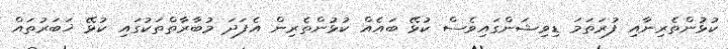
ކުޅުންތެރިނާއި ފުރަތަމަ ޑިވިޝަންގައިވެސް ކުޅޭ ބައެއް ކުޅުންތެރިން އެފަދަ މުބާރާތްތަކުގައި ކުޅޭ ޚަބަރުތައް